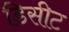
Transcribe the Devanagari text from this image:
डिसीट